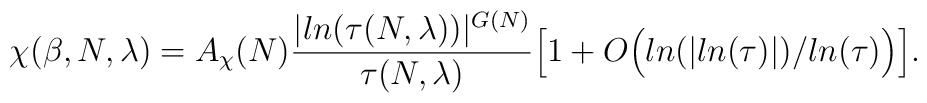
\chi(\beta,N,\lambda)=  A_{\chi}(N)\frac {\vert ln (\tau(N,\lambda))\vert^{G(N)}} {\tau(N,\lambda)}\Big[1 + O\Big( ln(\vert ln(\tau)\vert)/ln(\tau)\Big) \Big] .